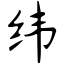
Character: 纬